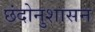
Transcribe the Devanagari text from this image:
छंदोनुशासन